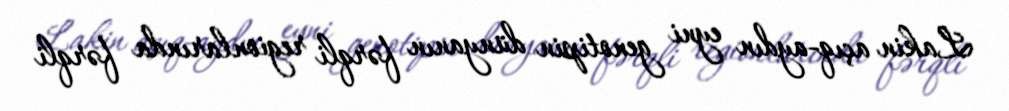
Lakin açıq-aydın eyni genotipin dünyanın fərqli regionlarında fərqli